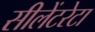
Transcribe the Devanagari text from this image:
सीलेंटरेटा